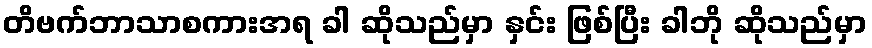
တိဗက်ဘာသာစကားအရ ခါ ဆိုသည်မှာ နှင်း ဖြစ်ပြီး ခါဘို ဆိုသည်မှာ